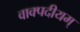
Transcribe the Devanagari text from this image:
वाक्पदीयम्‌